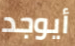
أيوجد